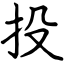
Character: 投